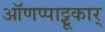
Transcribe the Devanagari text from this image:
ऑणप्पाट्टू़कार्